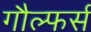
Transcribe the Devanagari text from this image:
गौल्फर्स